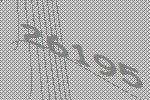
26195